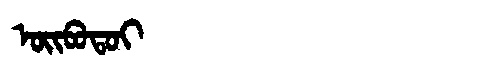
Manchu: ᠣᡳᠪᠣᡨᠣᡳ
Romanization: OIBOTOI